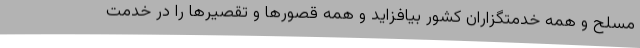
مسلح و همه خدمتگزاران کشور بیافزاید و همه قصورها و تقصیرها را در خدمت